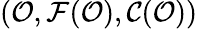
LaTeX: ({\mathcal{O}},{\mathcal{F}}({\mathcal{O}}),{\mathcal{C}}({\mathcal{O}}))